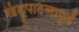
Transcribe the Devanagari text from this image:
खंडूपाटलापुढें